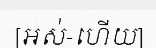
[អស់-ហើយ]